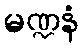
မဏ္ဍနံ